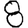
Digit: 8